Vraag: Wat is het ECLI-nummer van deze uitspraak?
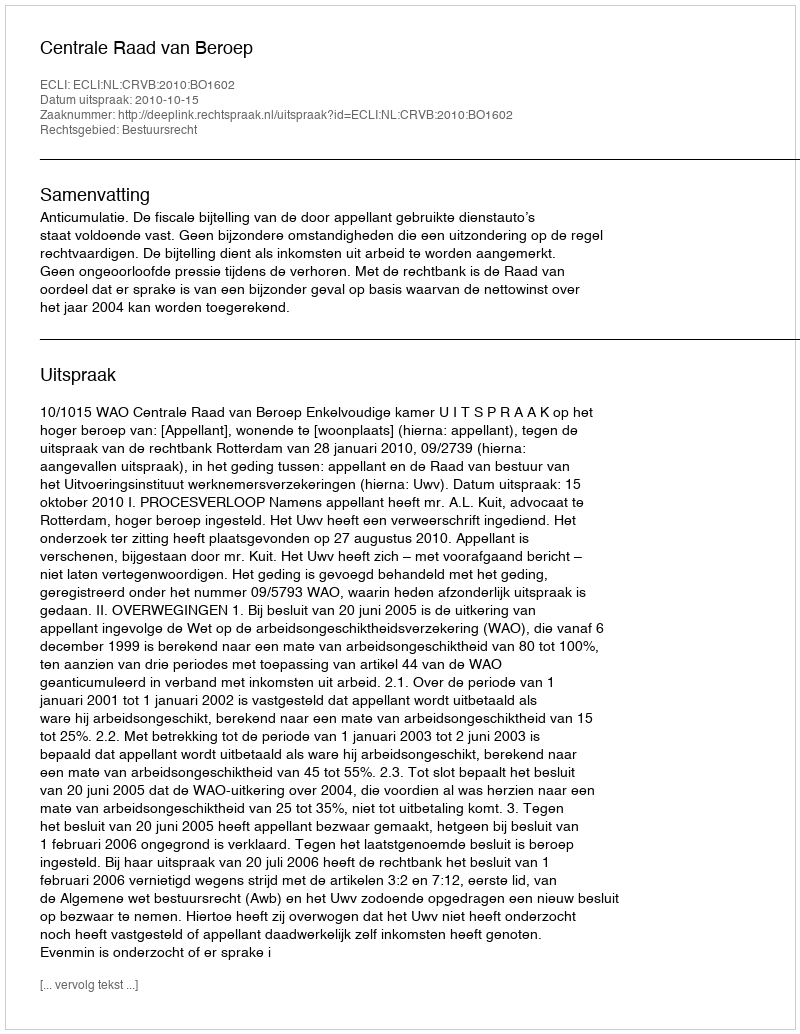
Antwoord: ECLI:NL:CRVB:2010:BO1602